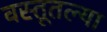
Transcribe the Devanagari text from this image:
वस्तूतल्या